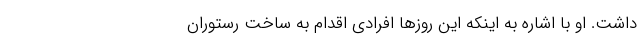
داشت. او با اشاره به اینکه این روز‌ها افرادی اقدام به ساخت رستوران